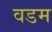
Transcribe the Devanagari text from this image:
वडम